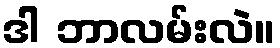
ဒါ ဘာလမ်းလဲ။